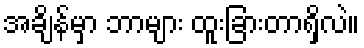
အချိန်မှာ ဘာများ ထူးခြားတာရှိလဲ။